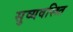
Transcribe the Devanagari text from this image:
सुव्यवस्थ्ति